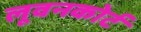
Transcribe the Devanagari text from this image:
लूवनकोर्ट